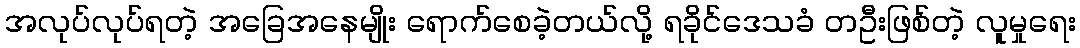
အလုပ်လုပ်ရတဲ့ အခြေအနေမျိုး ရောက်စေခဲ့တယ်လို့ ရခိုင်ဒေသခံ တဦးဖြစ်တဲ့ လူမှုရေး